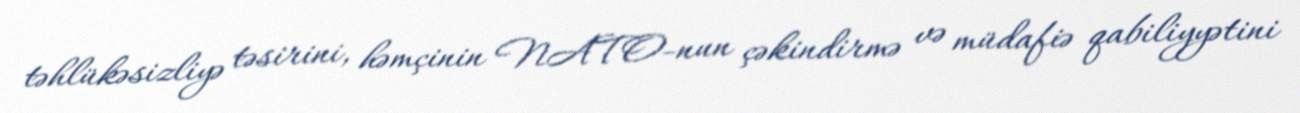
təhlükəsizliyə təsirini, həmçinin NATO-nun çəkindirmə və müdafiə qabiliyyətini